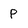
Character: P